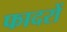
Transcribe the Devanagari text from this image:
फादरों